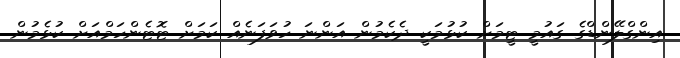
އިންގްލޭންޑްގެ ގައުމީ ޓީމަށް ކުޅުމަކީ ދެކެމުން އަންނަ ހުވަފަނެއް ކަމަށް ޓޮޓެންހަމްއަށް ކުޅެމުން